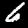
Label: 6